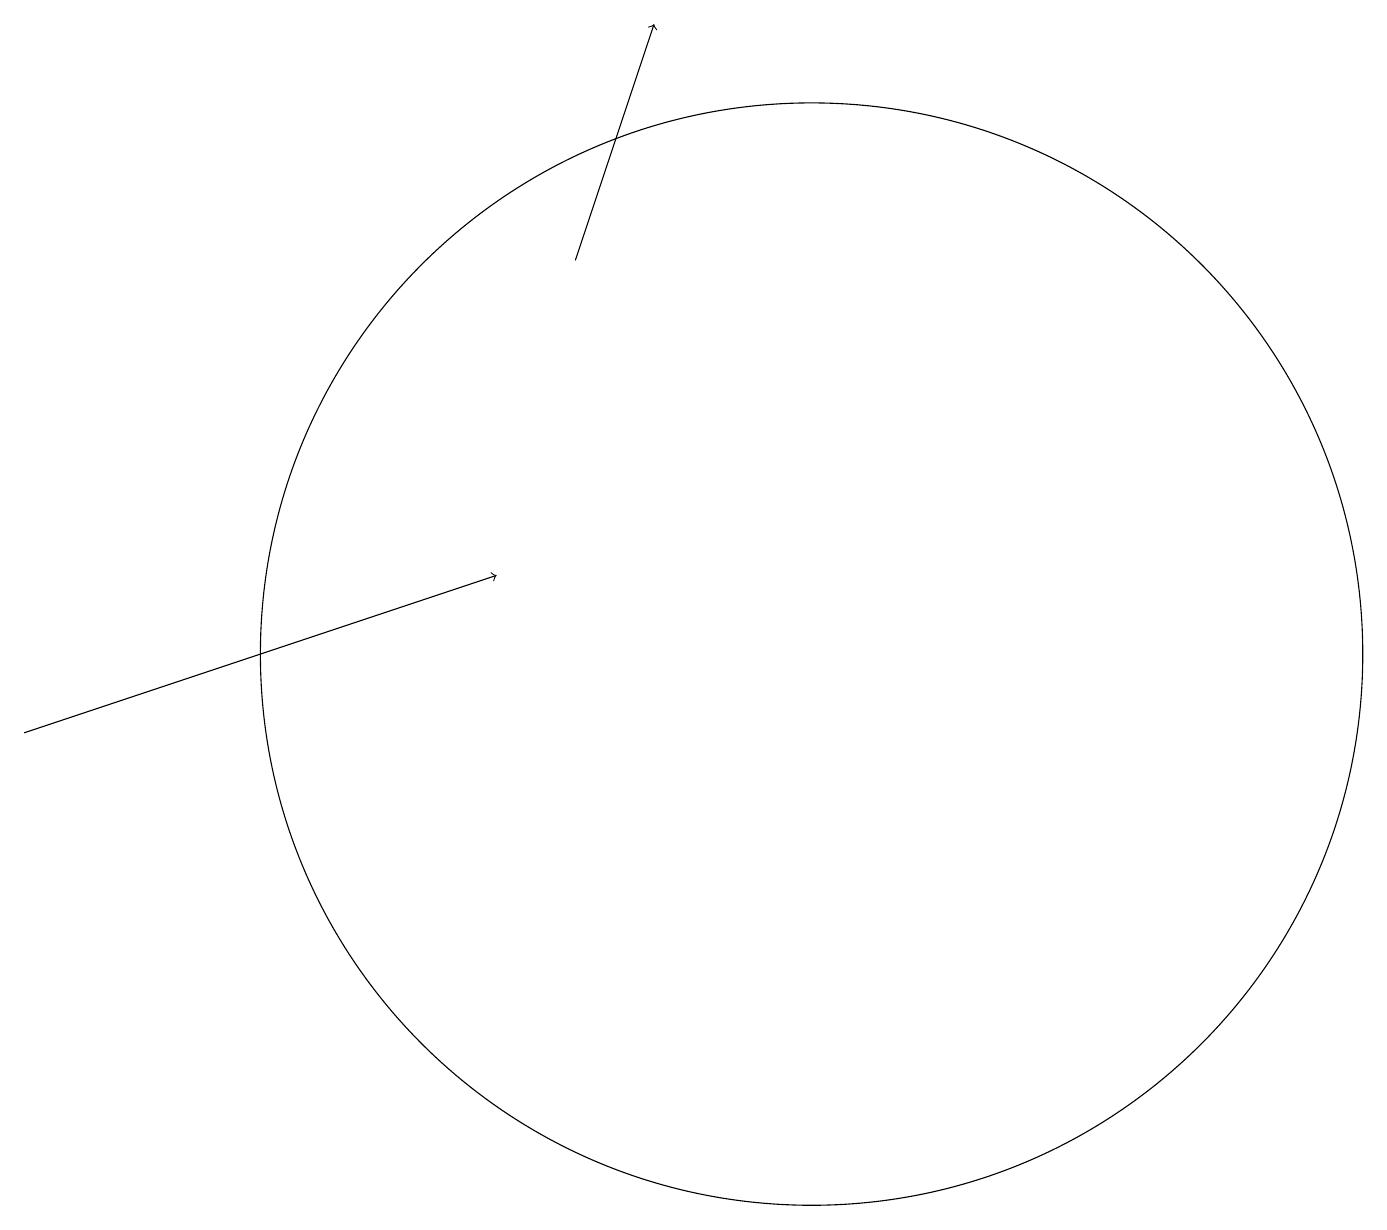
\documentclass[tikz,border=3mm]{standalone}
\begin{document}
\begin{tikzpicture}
\draw[->] (0,10) -- (6,12);
\draw (10,11) circle (7);
\draw[->] (7,16) -- (8,19);
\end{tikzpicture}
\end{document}